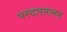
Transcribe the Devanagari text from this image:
परदारागमन